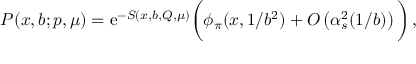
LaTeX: { \cal P } ( x , b ; p , \mu ) = \mathrm { e } ^ { - S ( x , b , Q , \mu ) } \bigg ( \phi _ { \pi } ( x , 1 / b ^ { 2 } ) + { \cal O } \left( \alpha _ { s } ^ { 2 } ( 1 / b ) \right) \bigg ) \, ,